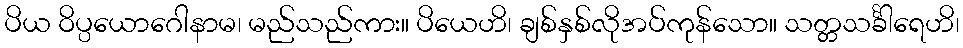
ပိယ ဝိပ္ပယောဂေါနာမ၊ မည်သည်ကား။ ပိယေဟိ၊ ချစ်နှစ်လိုအပ်ကုန်သော။ သတ္တသင်္ခါရေဟိ၊